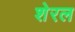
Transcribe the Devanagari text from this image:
शेरल